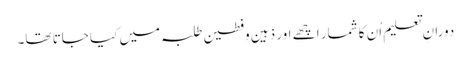
دورانِ تعلیم اُن کا شمار اچھے اور ذہین وفطین طلبہ میں کیا جاتا تھا۔